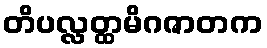
တိပလ္လတ္ထမိဂဇာတက